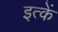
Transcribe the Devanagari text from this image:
इत्कें